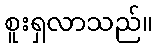
စူးရှလာသည်။